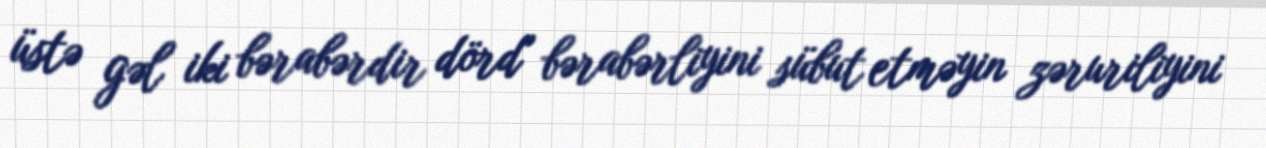
üstə gəl iki bərabərdir dörd" bərabərliyini sübut etməyin zəruriliyini